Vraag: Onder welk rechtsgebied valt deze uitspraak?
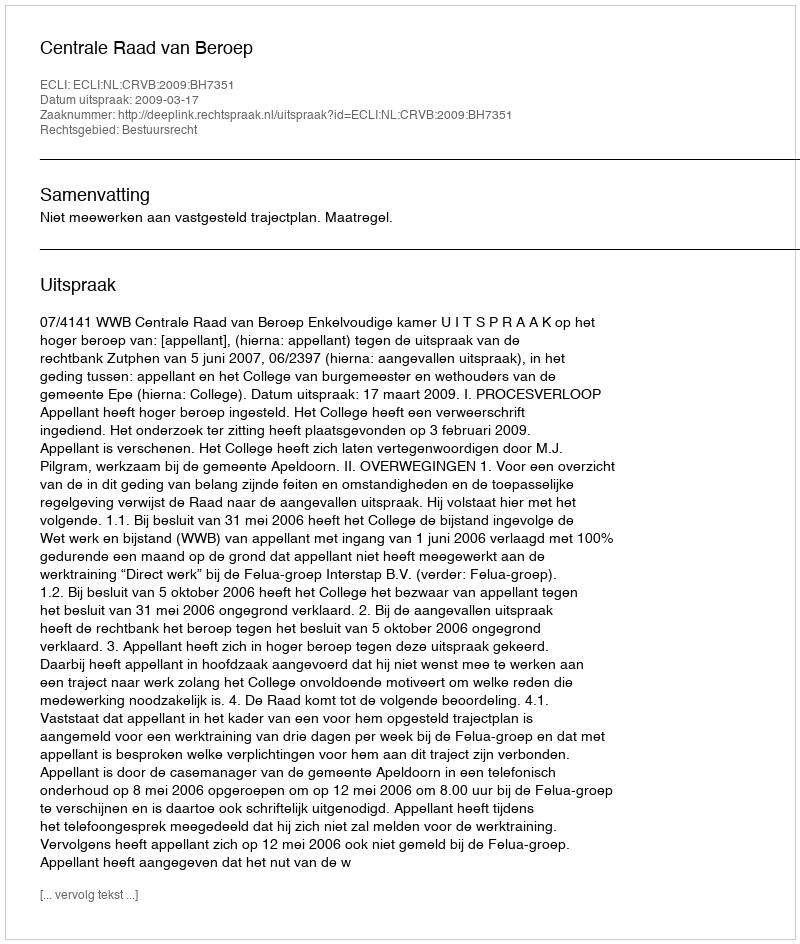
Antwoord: Bestuursrecht